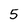
Character: 5